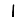
Digit: 1